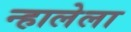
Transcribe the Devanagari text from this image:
न्हालेला